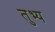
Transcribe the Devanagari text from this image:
तुभ्य